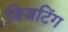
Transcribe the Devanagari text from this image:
विजटिंग